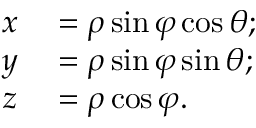
\begin{array} { r l } { x } & { { } = \rho \sin \varphi \cos \theta ; } \\ { y } & { { } = \rho \sin \varphi \sin \theta ; } \\ { z } & { { } = \rho \cos \varphi . } \end{array}